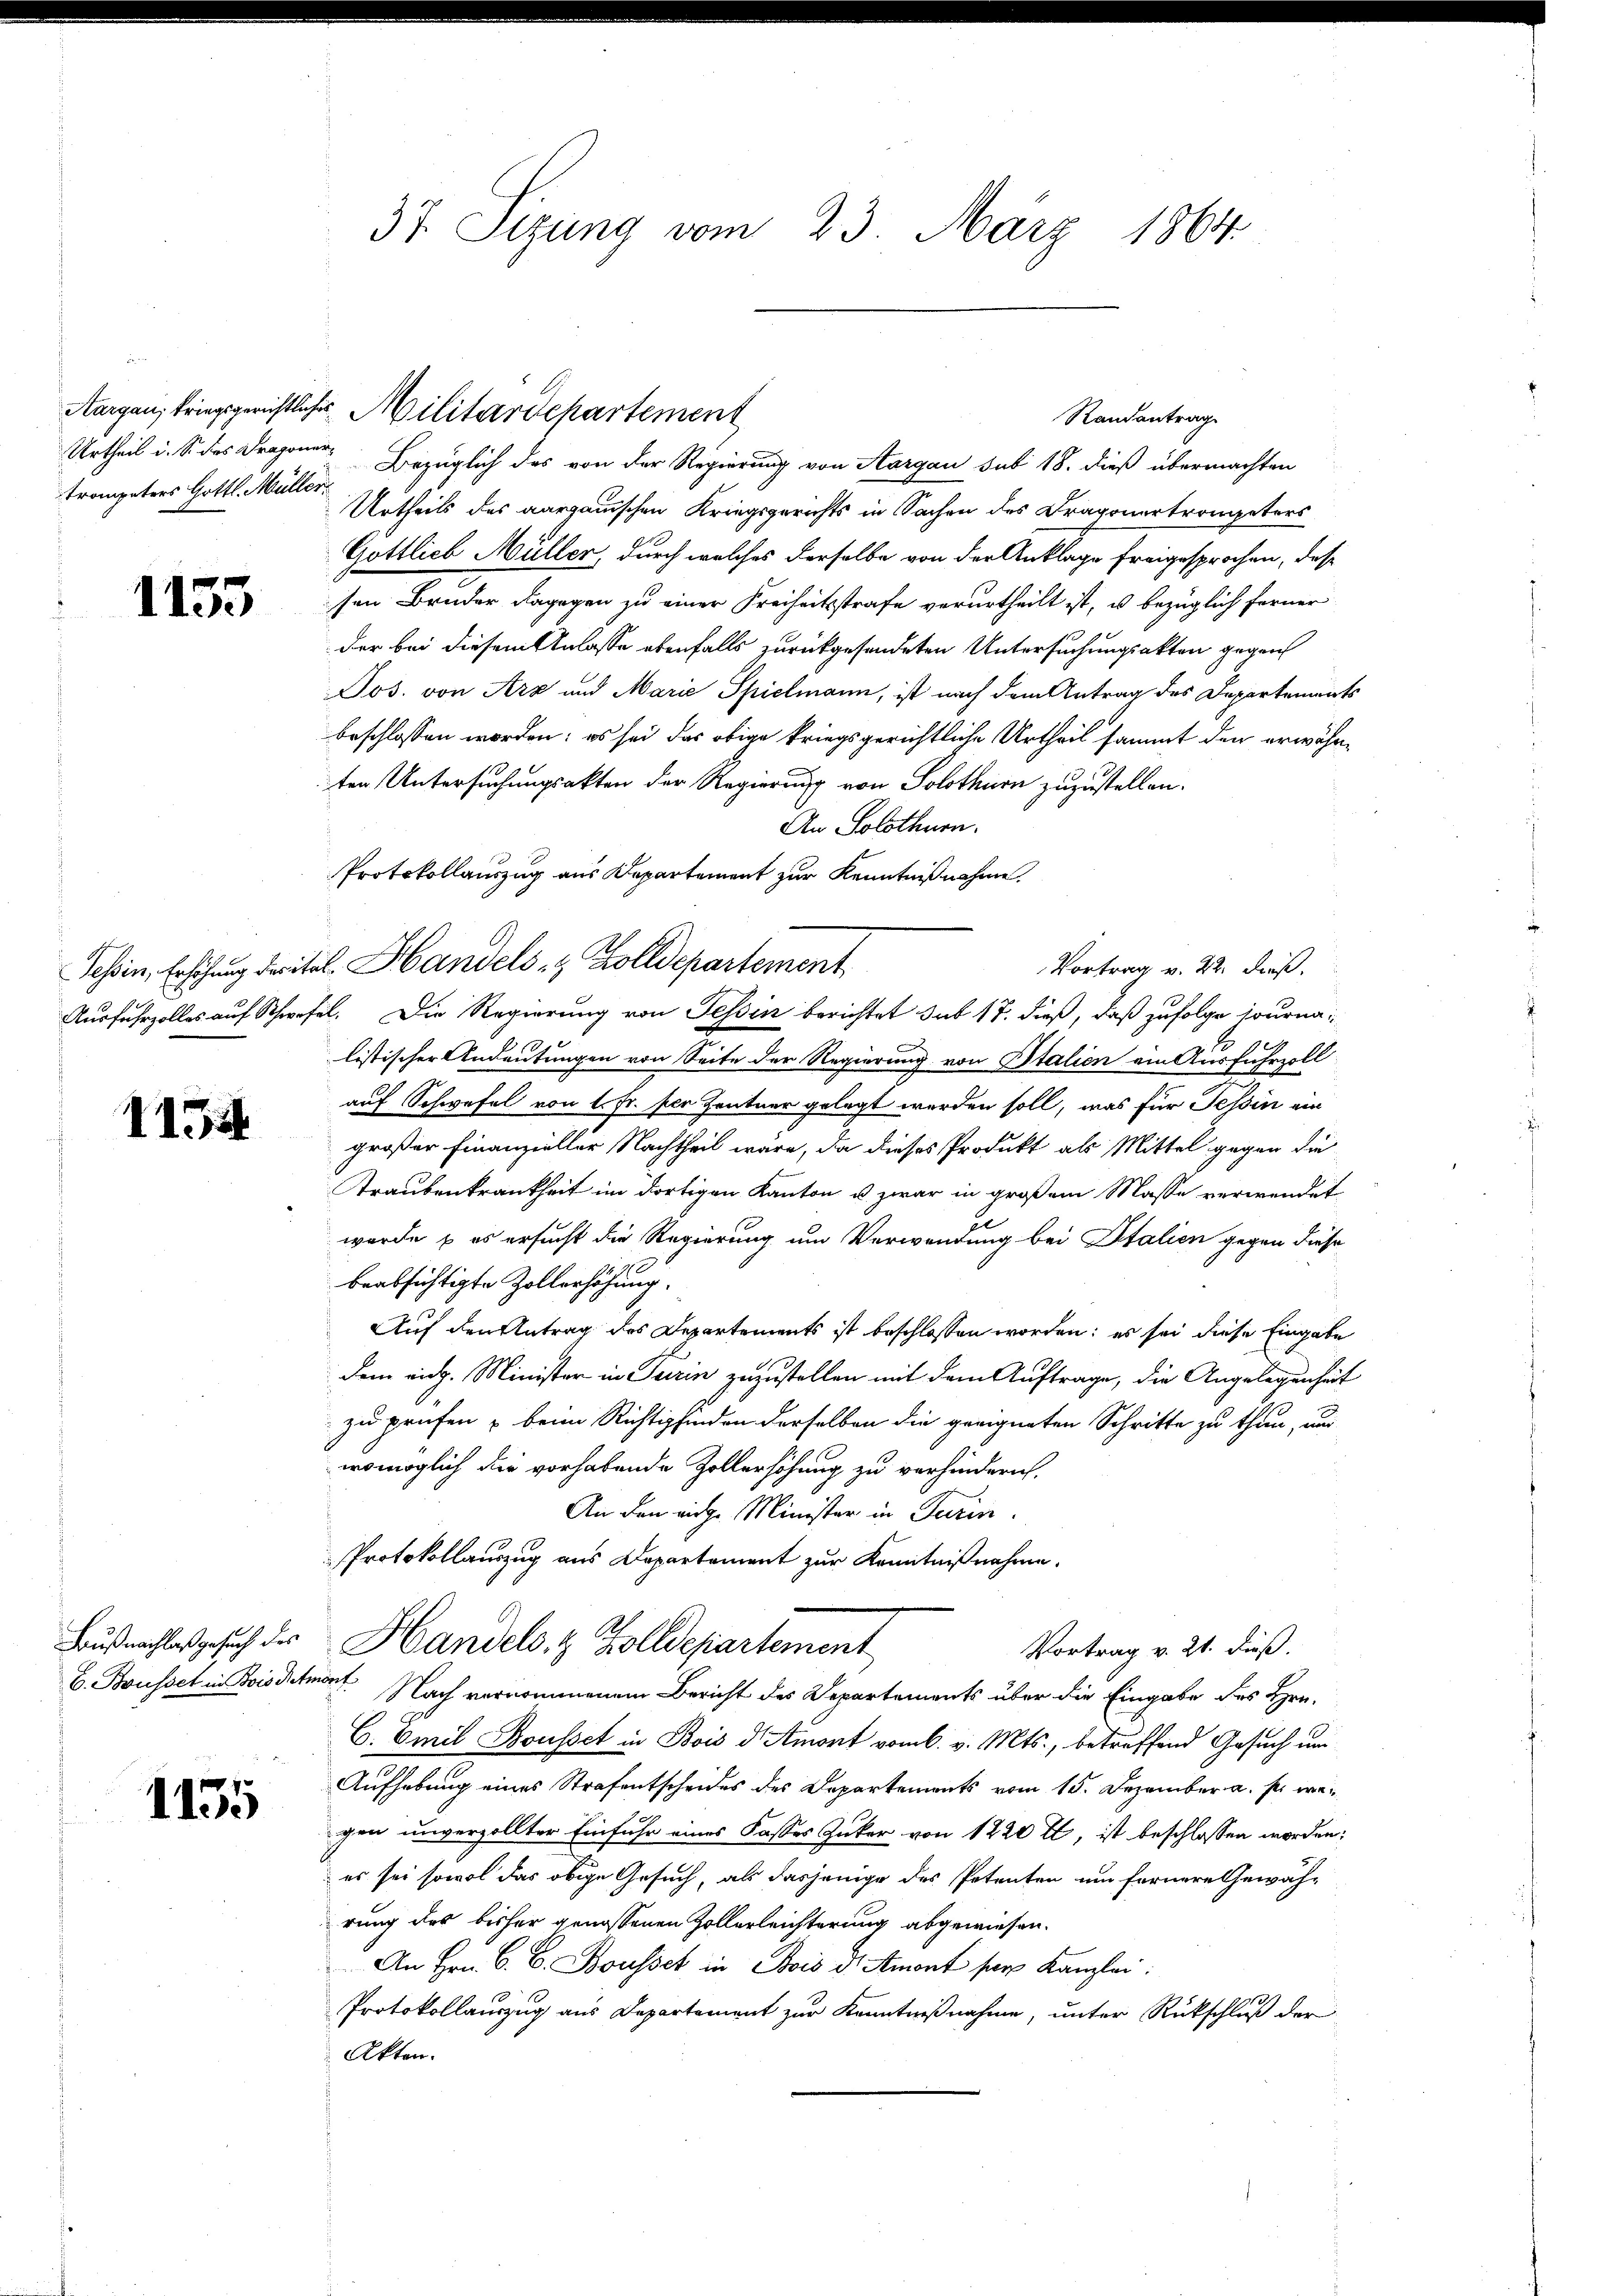
Urtheil d. S. des Dragonertrompeters Gottl. Müller

1155

1154

C. Busset in Bois demont

1155

Bezüglich des von der Regierung von Aargau sub 18. dieß übermachten
Urtheils des aargauischen Kriegsgerichts in Sachen des Dragonertrompeters
Gottlieb Müller, durch welches derselbe von der Anklage freigesprochen, dass
sen Bruder dagegen zu einer Freiheitsstrafe verurtheilt ist, u bezüglich ferner
der bei diesem Anlasse ebenfalls zurückgesendeten Untersuchungsakten gegen
Jos. von Arz und Marie Spielmann, ist nach dem Antrag des Departements
beschlossen worden; es sei das obige kriegsgerichtliche Urtheil sammt den erwähnten Untersuchungsakten der Regierung von Solothurn zuzustellen.
An Solothurn.
Protokollauszug aus Departement zur Kenntnißnahme.
Vortrag v. 22. dieß.
Ausfuhrzolles auf Schwefel. Die Regierung von Tessin berichtet sub 17. dieß, daß zufolge journalistischer Andeutungen von Seite der Regierung von Italien ein Ausfuhrzoll
auf Schwefel von 1 Fr. per Zentner gelegt werden soll, was für Tessin ein
großer Finanzieller Nachtheil wäre, da dieses Produkt als Mittel gegen die
Traubenkrankheit im dortigen Kanton u. zwar in großem Masse verwendet
wurde & es ersucht die Regierung um Verwendung bei Stalien gegen diese
beabsichtigte Zollerhöhung.
Auf den Antrag des Departements ist beschlossen worden; es sei diese Eingabe
dem eidg. Minister in Turin zuzustellen mit dem Auftrage, die Angelegenheit
zu prüfen & beim Richtigfinden derselben die geeigneten Schritte zu thun, und
womöglich die vorhabende Zollerhöhung zu verhindern,
An den eidg. Minister in Turin
Protokollauszug aus Departement zur Kenntnißnahme.
Bußnachlasgesuch der Handels- & Zolldepartement
Vortrag v. 21. dieß.
Nach vernommenem Bericht des Departements über die Eingabe des Hrn.
C. Emil Bousset in Bois d. Amort vom 6. v. Mts., betreffend Gesuch um
Aufhebung eines Strafentscheides des Departements vom 15. Dezember a. s. wegen unverzollter Einfuhr eines Kasses Zuker von 1220 fl ist beschlossen worden:
 es sei sowol das obige Gesuch, als dasjenige des Petenten um fernere Gewährung des bisher genossenen Zollerleichterung abgewiesen.
An Hrn. G. B. Bousset in Bois der Amont par Kanzlei:
Protokollauszug aus Departement zur Kenntnißnahme, unter Rückschluß der
Akten.

37. Sizung vom 23. März 1864.

Aargau, kriegsgerichtliches Militärdepartement

Schein, Erschung dritel. Handels- & Zolldepartement

Randantrag